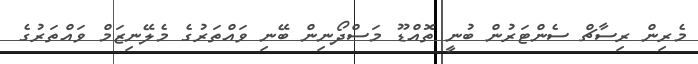
މެރިން ރިސާޗް ސެންޓަރުން ބުނީ ތޮއްޑޫ މަސްދޯނިން ބޭނި ވައްތަރުގެ މެލޭނިޒަމް ވައްތަރުގެ